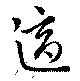
適